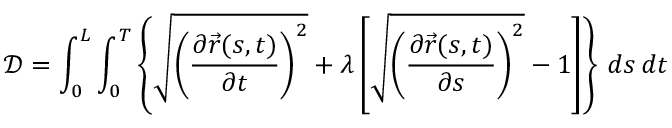
{ \mathcal { D } } = \int _ { 0 } ^ { L } \int _ { 0 } ^ { T } \left\{ { \sqrt { \left( { \frac { \partial { \vec { r } } ( s , t ) } { \partial t } } \right) ^ { 2 } } } + \lambda \left[ { \sqrt { \left( { \frac { \partial { \vec { r } } ( s , t ) } { \partial s } } \right) ^ { 2 } } } - 1 \right] \right\} \, d s \, d t